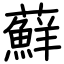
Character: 蘚